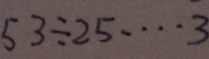
5 3 \div 2 5 \cdots 3